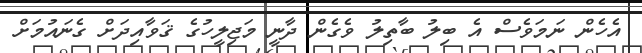
އެހެން ނަމަވެސް އެ ބިލު ބާތިލު ވެގެން ދާނީ މަޖިލީހުގެ ޤަވާއިދަށް ގެނައުމަށް